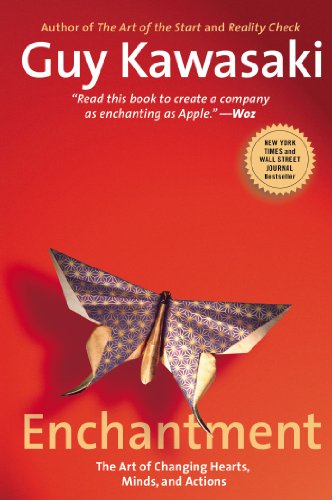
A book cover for Enchantment: The Art of Changing Hearts, Minds, and Actions; Guy Kawasaki; Health, Fitness & Dieting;